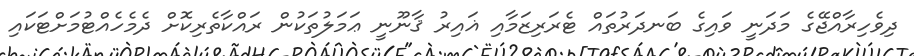
ދިވެހިރާއްޖޭގެ މަދަނީ ވައިގެ ބަނދަރުތައް ޓެރަރިޒަމާއި ޣައިރު ޤާނޫނީ ޢަމަލުތަކުން ރައްކާތެރިކޮށް ދެމެހެއްޓުމަށްޓަކައި